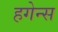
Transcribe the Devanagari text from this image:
हगेन्स